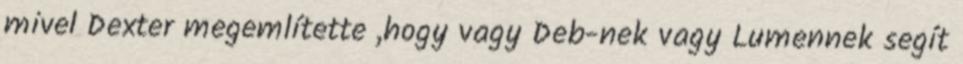
mivel Dexter megemlítette ,hogy vagy Deb-nek vagy Lumennek segít